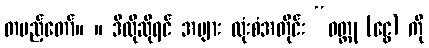
တပည့်တော်။ ။ ဒီလိုဆိုရင် အများ ထုံးစံအတိုင်း “ဝတ္ထု (ငွေ) ကို